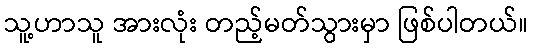
သူ့ဟာသူ အားလုံး တည့်မတ်သွားမှာ ဖြစ်ပါတယ်။